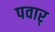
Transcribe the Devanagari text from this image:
पवार्